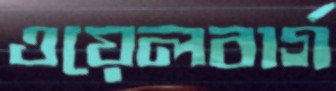
ওয়েলবার্গ